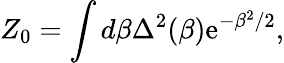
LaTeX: Z_{0}=\int d\beta\Delta^{2}(\beta)\mathrm{e}^{-\beta^{2}/2},